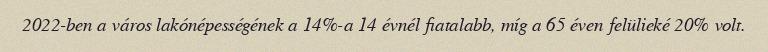
2022-ben a város lakónépességének a 14%-a 14 évnél fiatalabb, míg a 65 éven felülieké 20% volt.